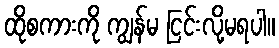
ထိုစကားကို ကျွန်မ ငြင်းလို့မရပါ။